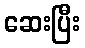
ဆေးပြီး